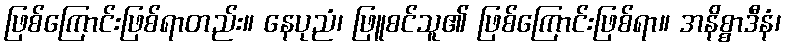
ဖြစ်ကြောင်းဖြစ်ရာတည်း။ နေပုညံ၊ ဖြူစင်သူ၏ ဖြစ်ကြောင်းဖြစ်ရာ။ အနိစ္စာဒီနံ၊